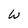
Character: W